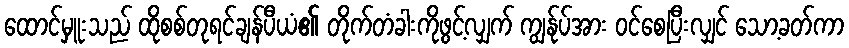
ထောင်မှူးသည် ထိုစစ်တုရင်ချန်ပီယံ၏ တိုက်တံခါးကိုဖွင့်လျှက် ကျွန်ုပ်အား ဝင်စေပြီးလျှင် သော့ခတ်ကာ